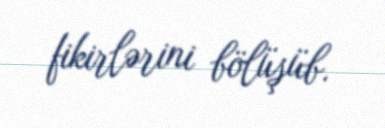
fikirlərini bölüşüb.